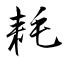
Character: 耗